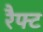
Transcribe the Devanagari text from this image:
रैफ्ट